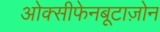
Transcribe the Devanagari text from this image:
ओक्सीफेनबूटाज़ोन